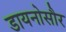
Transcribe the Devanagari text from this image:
डायनोसौर